Reports on dispensaries and lunatic asylums in the Province of Oudh - 1869-1876
Year: 1869
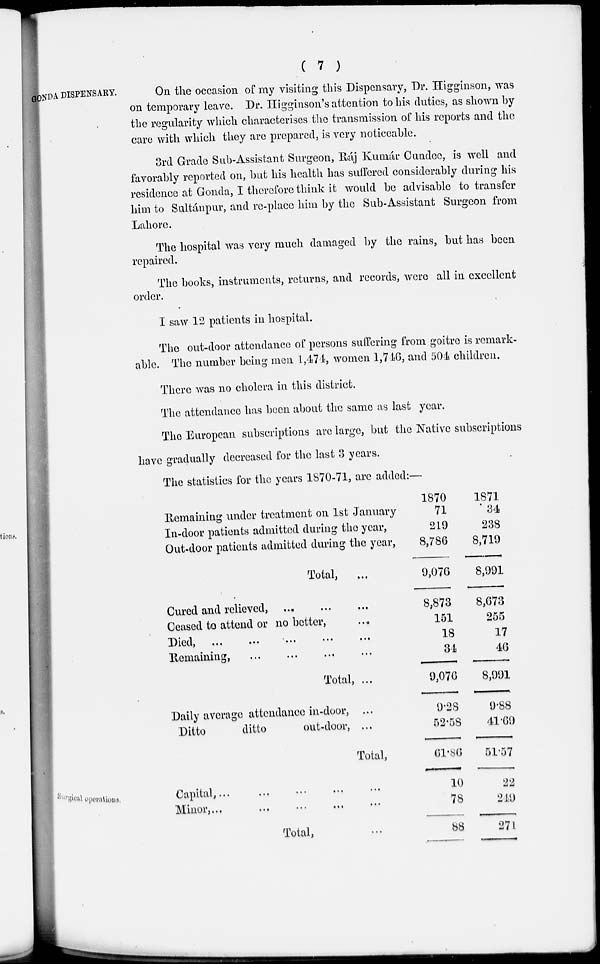
( 7 )
ONDA DISPENSARY.
On the occasion of my visiting this Dispensary, Dr. Higginson, was
on temporary leave. Dr. Higginson's attention to his duties, as shown by
the regularity which characterises the transmission of his reports and the
care with which they are prepared, is very noticeable.
3rd Grade Sub-Assistant Surgeon, Ráj Kumár Cundee, is well and
favorably reported on, but his health has suffered considerably during his
residence at Gonda, I therefore think it would be advisable to transfer
him to Sultánpur, and re-place him by the Sub-Assistant Surgeon from
Lahore.
The hospital was very much damaged by the rains, but has been
repaired.
The books, instruments, returns, and records, were all in excellent
order.
I saw 12 patients in hospital.
The out-door attendance of persons suffering from goitre is remark-
able. The number being men 1,474, women 1,746, and 504 children.
There was no cholera in this district.
The attendance has been about the same as last year.
The European subscriptions are large, but the Native subscriptions
have gradually decreased for the last 3 years.
The statistics for the years 1870-71, are added:—
Remaining under treatment on 1st January
In-door patients admitted during the year,
Out-door patients admitted during the year,
Total, ...
Cured and relieved, ... ... ...
Ceased to attend or no better, ...
Died,
...
...
...
...
...
Remaining, ... ... ... ...
Total, ...
Daily average attendance in-door, ...
Ditto
ditto
out-door, ...
Total,
1870
71
219
8,786
9,076
8,873
151
18
34
9,076
9.28
52.58
61.86
1871
34
238
8,719
8,991
8,673
255
17
46
8,991
9.88
41.69
51.57
Surgical operations.
Capital, ... ... ... ... ...
Minor, ... .... ... ... ...
Total, ...
10
78
88
22
249
271